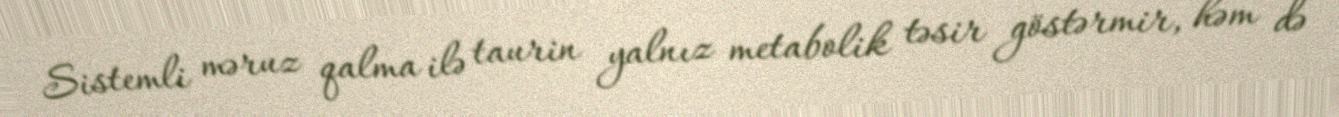
Sistemli məruz qalma ilə taurin yalnız metabolik təsir göstərmir, həm də